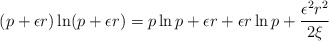
\begin{align*}(p+\epsilon r)\ln (p+\epsilon r)=p\ln p+\epsilon r+\epsilon r\ln p+\frac{\epsilon^2r^2}{2\xi}\end{align*}